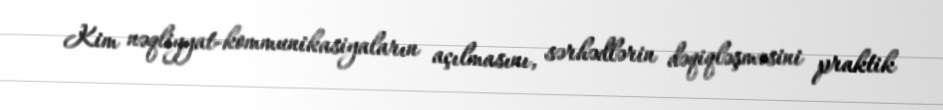
Kim nəqliyyat-kommunikasiyaların açılmasını, sərhədlərin dəqiqləşməsini praktik